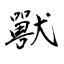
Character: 獸